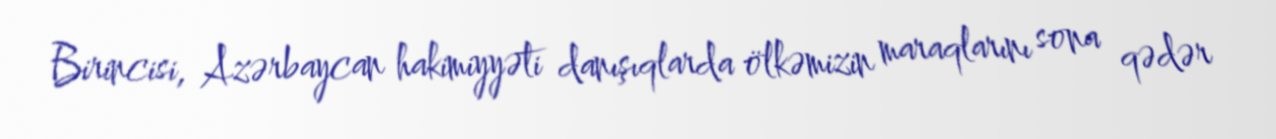
Birincisi, Azərbaycan hakimiyyəti danışıqlarda ölkəmizin maraqlarını sona qədər